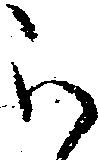
被